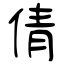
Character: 倩